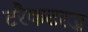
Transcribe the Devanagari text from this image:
टरैकटरज़